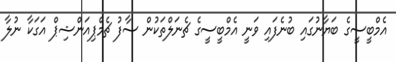
އެމްބީސީގެ ބަޔާނުގައި ބުނެފައި ވަނީ އެމްބީސީގެ ޗެނަލްތަކުން ސާފު ޗެމްޕިއަންޝިޕް އަގަކާ ނުލާ